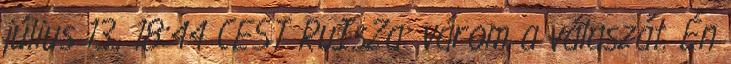
július 13., 18:44 CEST RuIsZa: várom a válaszát. Én